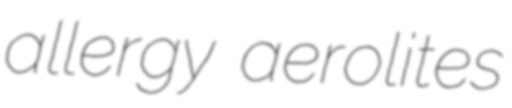
allergy aerolites